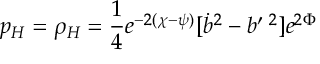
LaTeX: p _ { H } = \rho _ { H } = \frac 1 4 e ^ { - 2 ( \chi - \psi ) } [ \dot { b } ^ { 2 } - b ^ { \prime } { } ^ { \; 2 } ] e ^ { 2 \Phi }